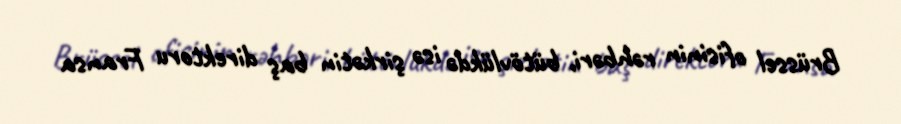
Brüssel ofisinin rəhbəri, bütövlükdə isə şirkətin baş direktoru Fransa